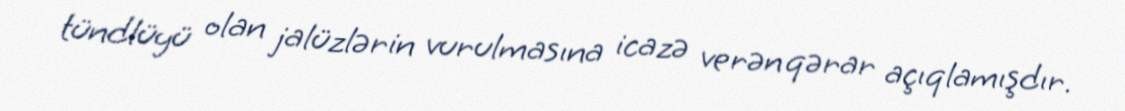
tündlüyü olan jalüzlərin vurulmasına icazə verən qərar açıqlamışdır.